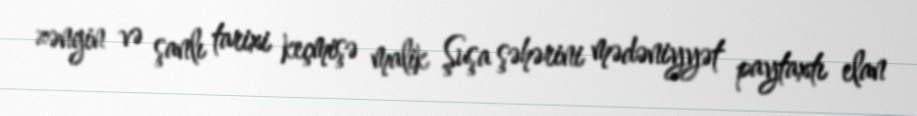
zəngin və şanlı tarixi keçmişə malik Şuşa şəhərini mədəniyyət paytaxtı elan